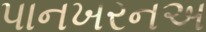
પાનખરનઅ